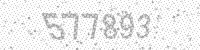
Solution: 577893